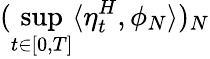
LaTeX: (\operatorname*{sup}_{t\in[0,T]}\langle\eta_{t}^{H},\phi_{N}\rangle)_{N}